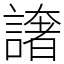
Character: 譇